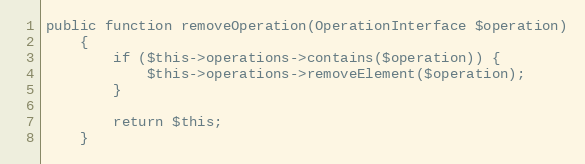
Language: PHP
public function removeOperation(OperationInterface $operation)
    {
        if ($this->operations->contains($operation)) {
            $this->operations->removeElement($operation);
        }

        return $this;
    }